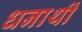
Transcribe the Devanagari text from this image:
धनार्थी